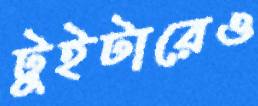
টুইটারেও